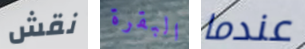
نقش البقرة عندما